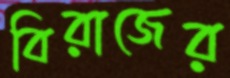
বিরাজের